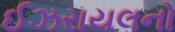
ઈઝરાયલનો